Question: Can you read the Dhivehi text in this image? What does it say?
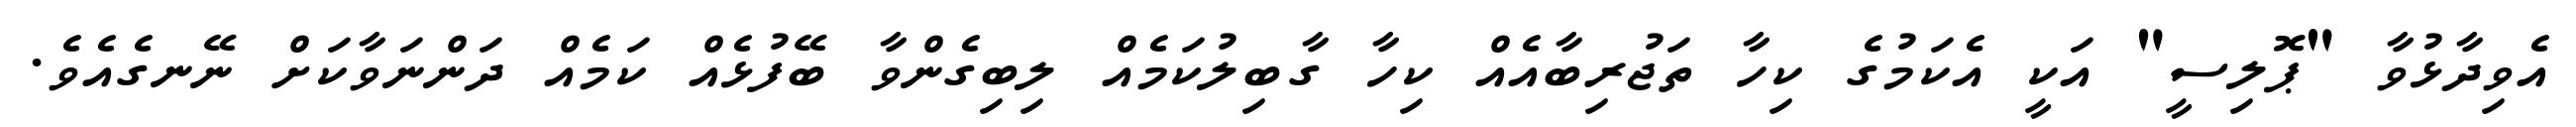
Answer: އެވިދާޅުވާ "ޕޮލިސީ" އަކީ އެކަމުގެ ކިހާ ތަޖުރިބާއެއް ކިހާ ގާބިލުކަމެއް ލިބިގެންވާ ބޭފުޅެއް ކަމެއް ދަންނަވާކަށް ނޭނގެއެވެ.